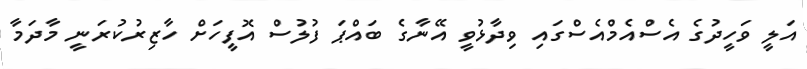
އަލީ ވަހީދުގެ އެސްއެމްއެސްގައި ވިދާޅުވީ އޭނާގެ ބައްޕަ ފުލުސް އޮފީހަށް ހާޒިރުކުރަނީ މާދަމާ